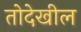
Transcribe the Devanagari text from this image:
तोदेखील